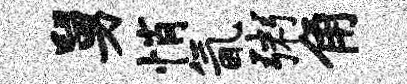
舅悄氤粥角